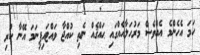
ހަމަ އެހެންމެ އެއްވެސް މަރުހަލާއެއްގައި ޙައްޤެއް ނެތި ކުއްޖާ ވައްޓައިފިނަމަ އޭނާ ކުރި